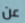
عن